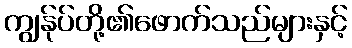
ကျွန်ုပ်တို့၏ဖောက်သည်များနှင့်